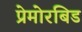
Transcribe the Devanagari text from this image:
प्रेमोरबिड